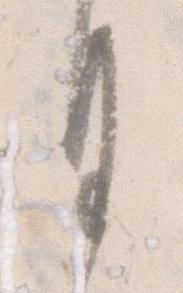
月